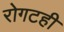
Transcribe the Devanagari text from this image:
रोगटही